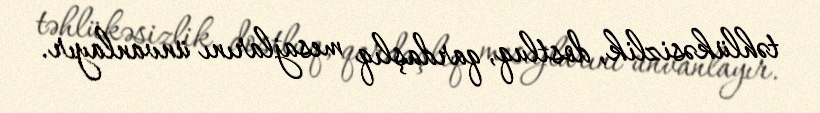
təhlükəsizlik, dostluq, qardaşlıq mesajlarını ünvanlayır.